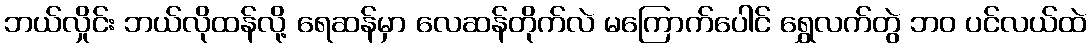
ဘယ်လှိုင်း ဘယ်လိုထန်လို့ ရေဆန်မှာ လေဆန်တိုက်လဲ မကြောက်ပေါင် ရွှေလက်တွဲ ဘဝ ပင်လယ်ထဲ